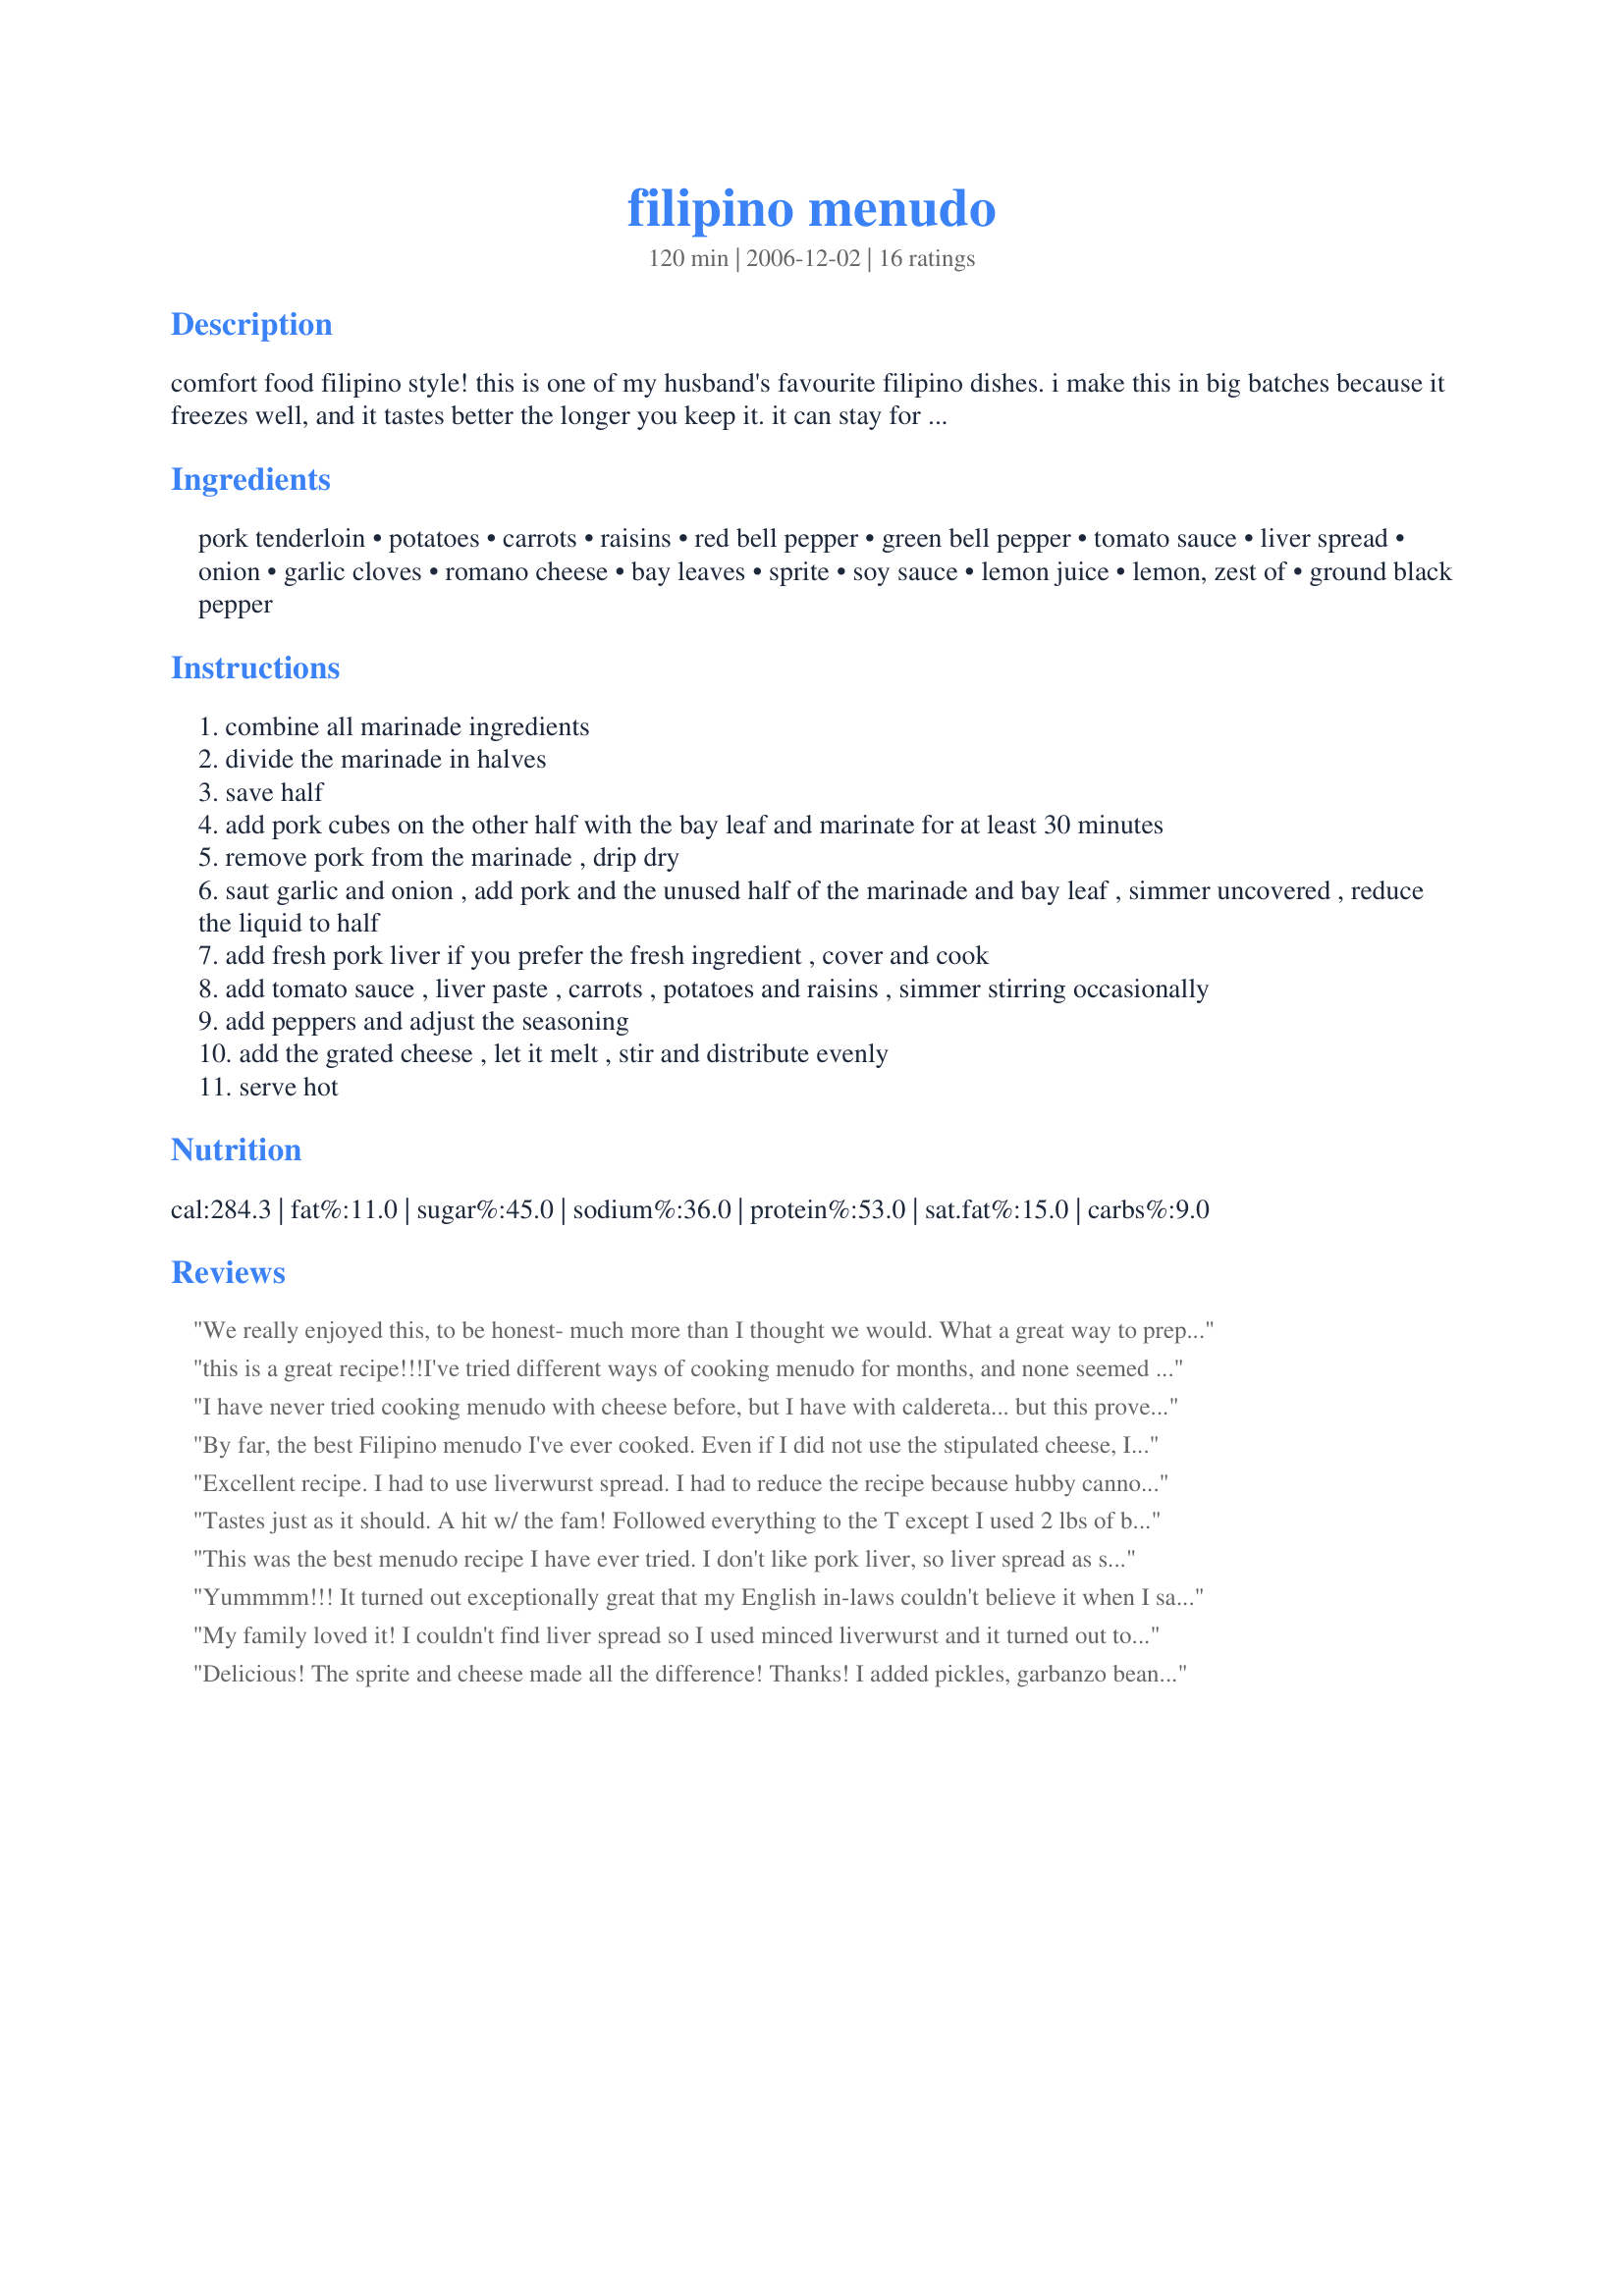
filipino menudo
Preparation time: 120 minutes

comfort food filipino style! this is one of my husband's favourite filipino dishes. i make this in big batches because it freezes well, and it tastes better the longer you keep it. it can stay for up to 2 weeks in the freezer. this can also be cooked in a slow cooker like the usual slow cooker stew.

Ingredients:
pork tenderloin, potatoes, carrots, raisins, red bell pepper, green bell pepper, tomato sauce, liver spread, onion, garlic cloves, romano cheese, bay leaves, sprite, soy sauce, lemon juice, lemon, zest of, ground black pepper

Steps:
combine all marinade ingredients
divide the marinade in halves
save half
add pork cubes on the other half with the bay leaf and marinate for at least 30 minutes
remove pork from the marinade , drip dry
saut garlic and onion , add pork and the unused half of the marinade and bay leaf , simmer uncovered , reduce the liquid to half
add fresh pork liver if you prefer the fresh ingredient , cover and cook
add tomato sauce , liver paste , carrots , potatoes and raisins , simmer stirring occasionally
add peppers and adjust the seasoning
add the grated cheese , let it melt , stir and distribute evenly
serve hot

Reviews:
We really enjoyed this, to be honest- much more than I thought we would. What a great way to prepare pork, especially when trying to create variety in our menus. I omitted the raisins b/c DH hates them, and also omitted liver spread because I couldn't find it. Next time, I'll make it with the liver, since we like liver. Very easy to prepare and the end result is a flavorful stew with tender meat. Thanks!
this is a great recipe!!!I've tried different ways of cooking menudo for months, and none seemed to taste right to me.But this recipe, just one try, BINGO!...it tastes sooooo good!!!...I like my menudo with lots of sauce though, so I used 1/2 kg of pork instead of 1...thank you for sharing this recipe over the web!
I have never tried cooking menudo with cheese before, but I have with caldereta... but this proves to be good! I ran out of green pepper and lemon, so I substitued yellow pepper and a few key limes and it still turned out great. This recipe is a keeper.
By far, the best Filipino menudo I've ever cooked. Even if I did not use the stipulated cheese, I just used leftover cheddar cheese, it still turned out great. The addition of lemon balanced the umami flavours in this recipe.
Excellent recipe. I had to use liverwurst spread. I had to reduce the recipe because hubby cannot eat pork or liver. I used a milder cheese, personal taste! The rich sauce is the key! My son did not know there was liver in it. I love the marinade also. I am going to try that on chicken.Thanks for posting.
Tastes just as it should. A hit w/ the fam! Followed everything to the T except I used 2 lbs of boneless chicken breasts since family isn&#039;t too fond of pork.
This was the best menudo recipe I have ever tried. I don't like pork liver, so liver spread as subtitute is the best. Frying the potatoes and carrots first is better than adding them later. Taste good and it will prevent the food to get spoiled easily.
Yummmm!!! It turned out exceptionally great that my English in-laws couldn't believe it when I said it's actually my first attempt to make this. I love the marinade and wouldn't do it any other way. Followed the recipe to a tee with the exception of halving the marinade. I marinated the pork with all the marinade mixture, removed it after 30 minutes, sauteed it with garlic and onion til brown and then added all the used marinade again to the pan. Followed the rest of the directions and the result was outstanding. Thanks Pinaygourmet for a real keeper!!!
My family loved it! I couldn't find liver spread so I used minced liverwurst and it turned out to be a good substitute. The cheese and marinade really does make a lot of difference. Thanks!
Delicious! The sprite and cheese made all the difference! Thanks!

I added pickles, garbanzo beans and hotdogs. Yummy!

Thanks for the recipe!
I enjoyed this recipe. Followed it almost exactly. Only difference is I added one jalapeno pepper. Even my kids liked it.
this is great and after making it , found it to be very authentic. the only thing i would do is to not put in the liver,( i hate liver) but substitute a little bit of red hot pepper to spice it up a bit... all in all its a great recipe and makes a great dish. thanks for posting
This recipe is so yummy. I recommend it. I've made this many times already and for me, romano cheese tastes better with this recipe than parmesan cheese.
This is a great interpretation of one of my fave dish. There are lots of methods in cooking this dish and this is one of the best though a liitle bit similar in cooking caldereta.Thanks for sharing your recipe and happy cooking.
Very good recipe! I&#039;ve been using your recipe for years modifying a couple of things here and there, but this is definitely the best menudo recipe online.
This is the best by far. I like this recipe. Delicious! My family loved it with or without the liver.
